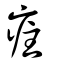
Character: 疰